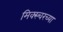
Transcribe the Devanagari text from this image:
मिक्स्चरच्या